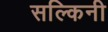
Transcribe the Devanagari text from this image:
सल्किनी